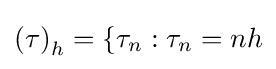
\left(\tau \right)_{h}=\{\tau _{n}:\tau _{n}=nh